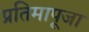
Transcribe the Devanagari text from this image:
प्रतिमापूजा